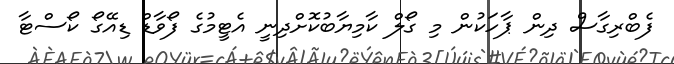
ފެބްރިގާސް ދިން ޕާހަކުން މި ގޯލް ކާމިޔާބުކޮށްދިނީ އެޓީމުގެ ފޯވާޑް ޑިއޭގޯ ކޯސްޓާ